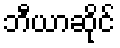
ဘီယာဆိုင်